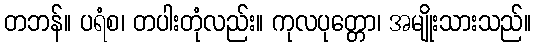
တဘန်။ ပရံစ၊ တပါးတုံလည်း။ ကုလပုတ္တော၊ အမျိုးသားသည်။